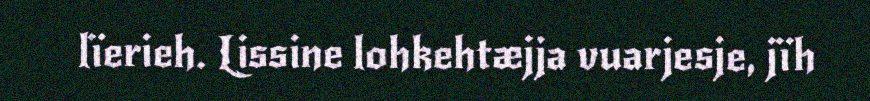
lïerieh. Lissine lohkehtæjja vuarjesje, jïh